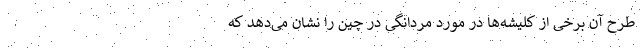
طرح آن برخی از کلیشه‌ها در مورد مردانگی در چین را نشان می‌دهد که